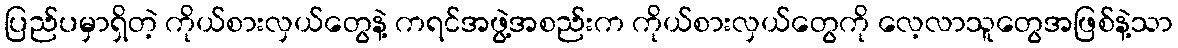
ပြည်ပမှာရှိတဲ့ ကိုယ်စားလှယ်တွေနဲ့ ကရင်အဖွဲ့အစည်းက ကိုယ်စားလှယ်တွေကို လေ့လာသူတွေအဖြစ်နဲ့သာ